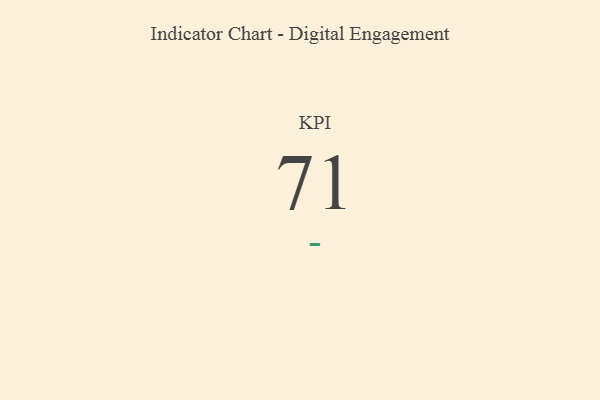
{"axis": {"x": "KPI", "y": "Value"}, "legend": [""], "data": [{"x": "KPI", "y": 71, "type": ""}]}